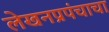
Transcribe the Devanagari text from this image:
लेखनप्रपंचाचा